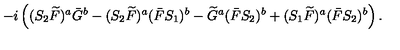
- i \left( ( S _ { 2 } \widetilde { F } ) ^ { a } \bar { G } ^ { b } - ( S _ { 2 } \widetilde { F } ) ^ { a } ( \bar { F } S _ { 1 } ) ^ { b } - \widetilde { G } ^ { a } ( \bar { F } S _ { 2 } ) ^ { b } + ( S _ { 1 } \widetilde { F } ) ^ { a } ( \bar { F } S _ { 2 } ) ^ { b } \right) .